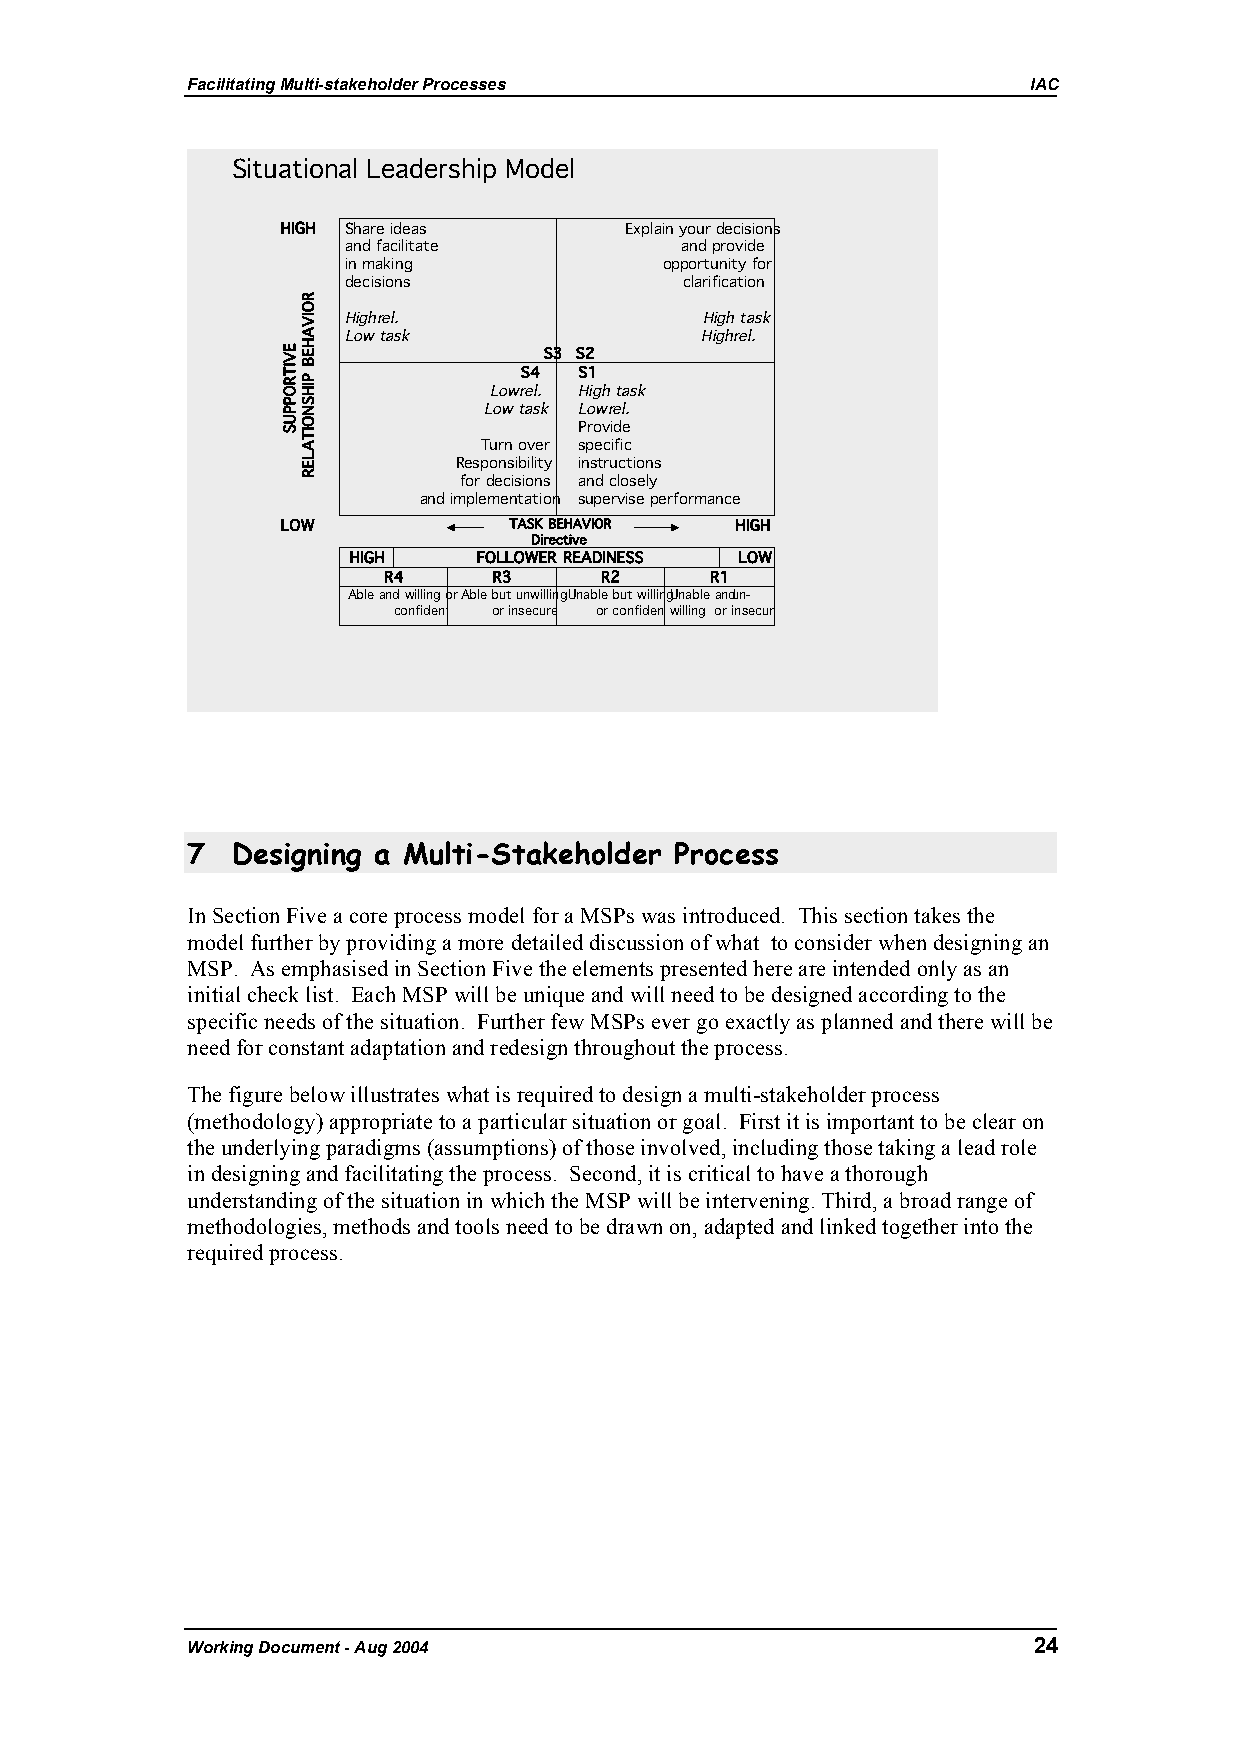
Facilitating Multi-stakeholder Processes                IAC
 Situational Leadership Model
 HIGH Share ideas      Explain your decisions
 and facilitate        and provide
 in making            opportunity for
 decisions             clarification
 High rel.              High task
 Low task               High rel.
 S3 S2
 S4  S1
 Lowr el. High task
 Low task Low rel.
 Provide
 Turn over specific
 Responsibility instructions
 for decisions and closely
 and implementation supervise performance
 LOW            TASK BEHAVIOR  HIGH
 Directive
 HIGH     FOLLOWER READINESS LOW
 R4      R3     R2     R1
 Able and willing orAble but unwillingUnable but willingUnable andu n-
 confident or insecure or confidentwilling or insecure
 7  Designing a Multi-Stakeholder Process
 In Section Five a core process model for a MSPs was introduced. This section takes the
 model further by providing a more detailed discussion of what to consider when designing an
 MSP. As emphasised in Section Five the elements presented here are intended only as an
 initial check list. Each MSP will be unique and will need to be designed according to the
 specific needs of the situation. Further few MSPs ever go exactly as planned and there will be
 need for constant adaptation and redesign throughout the process.
 The figure below illustrates what is required to design a multi-stakeholder process
 (methodology) appropriate to a particular situation or goal. First it is important to be clear on
 the underlying paradigms (assumptions) of those involved, including those taking a lead role
 in designing and facilitating the process. Second, it is critical to have a thorough
 understanding of the situation in which the MSP will be intervening. Third, a broad range of
 methodologies, methods and tools need to be drawn on, adapted and linked together into the
 required process.
 Working Document - Aug 2004                             24
 EVITROPPUS
 ROIVAHEB
 PIHSNOITALER